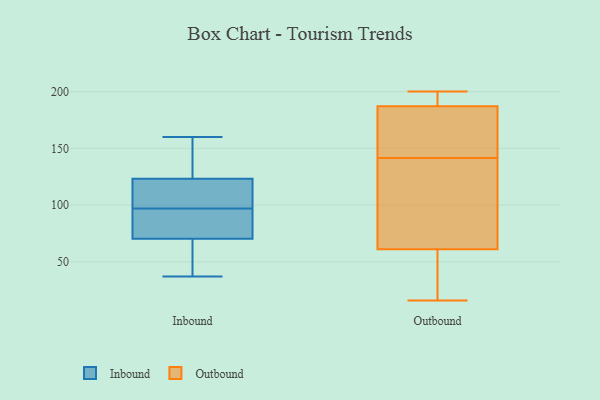
{"axis": {"x": "LTV (USD)", "y": "Value"}, "legend": ["Inbound", "Outbound"], "data": [{"x": "", "y": 37, "type": "Inbound"}, {"x": "", "y": 127, "type": "Inbound"}, {"x": "", "y": 92, "type": "Inbound"}, {"x": "", "y": 150, "type": "Inbound"}, {"x": "", "y": 64, "type": "Inbound"}, {"x": "", "y": 89, "type": "Inbound"}, {"x": "", "y": 97, "type": "Inbound"}, {"x": "", "y": 100, "type": "Inbound"}, {"x": "", "y": 160, "type": "Inbound"}, {"x": "", "y": 112, "type": "Inbound"}, {"x": "", "y": 46, "type": "Inbound"}, {"x": "", "y": 173, "type": "Outbound"}, {"x": "", "y": 150, "type": "Outbound"}, {"x": "", "y": 190, "type": "Outbound"}, {"x": "", "y": 55, "type": "Outbound"}, {"x": "", "y": 173, "type": "Outbound"}, {"x": "", "y": 101, "type": "Outbound"}, {"x": "", "y": 67, "type": "Outbound"}, {"x": "", "y": 53, "type": "Outbound"}, {"x": "", "y": 28, "type": "Outbound"}, {"x": "", "y": 133, "type": "Outbound"}, {"x": "", "y": 195, "type": "Outbound"}, {"x": "", "y": 197, "type": "Outbound"}, {"x": "", "y": 30, "type": "Outbound"}, {"x": "", "y": 115, "type": "Outbound"}, {"x": "", "y": 157, "type": "Outbound"}, {"x": "", "y": 16, "type": "Outbound"}, {"x": "", "y": 190, "type": "Outbound"}, {"x": "", "y": 67, "type": "Outbound"}, {"x": "", "y": 200, "type": "Outbound"}, {"x": "", "y": 184, "type": "Outbound"}]}